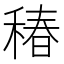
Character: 𥠔